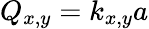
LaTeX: Q_{x,y}=k_{x,y}a